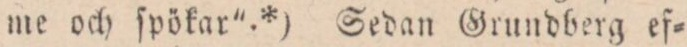
me och ſpökar”.*) Sedan Grundberg ef=